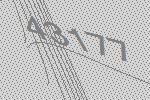
43177